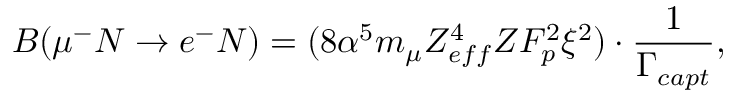
B ( \mu ^ { - } N \rightarrow e ^ { - } N ) = ( 8 \alpha ^ { 5 } m _ { \mu } Z _ { e f f } ^ { 4 } Z F _ { p } ^ { 2 } \xi ^ { 2 } ) \cdot { \frac { 1 } { \Gamma _ { c a p t } } } ,